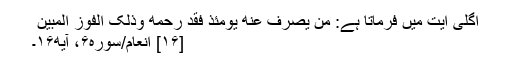
اگلی آیت میں فرماتا ہے: ‌مَّن یُصْرَفْ عَنْهُ یَوْمَئِذٍ فَقَدْ رَحِمَهُ وَذَلِکَ الْفَوْزُ الْمُبِینُ ‌
[۱۶] انعام/سوره۶، آیه۱۶۔